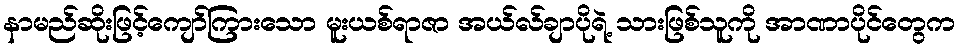
နာမည်ဆိုးဖြင့်ကျော်ကြားသော မူးယစ်ရာဇာ အယ်လ်ချာပိုရဲ့ သားဖြစ်သူကို အာဏာပိုင်တွေက